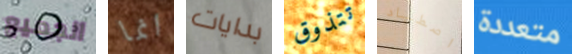
الجميع انما بدايات تتذوق اصطياد متعددة